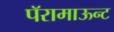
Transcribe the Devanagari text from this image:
पॅरामाऊन्ट